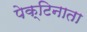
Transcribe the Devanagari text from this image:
पेक्टिनाता